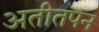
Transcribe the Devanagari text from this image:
अतीतपन